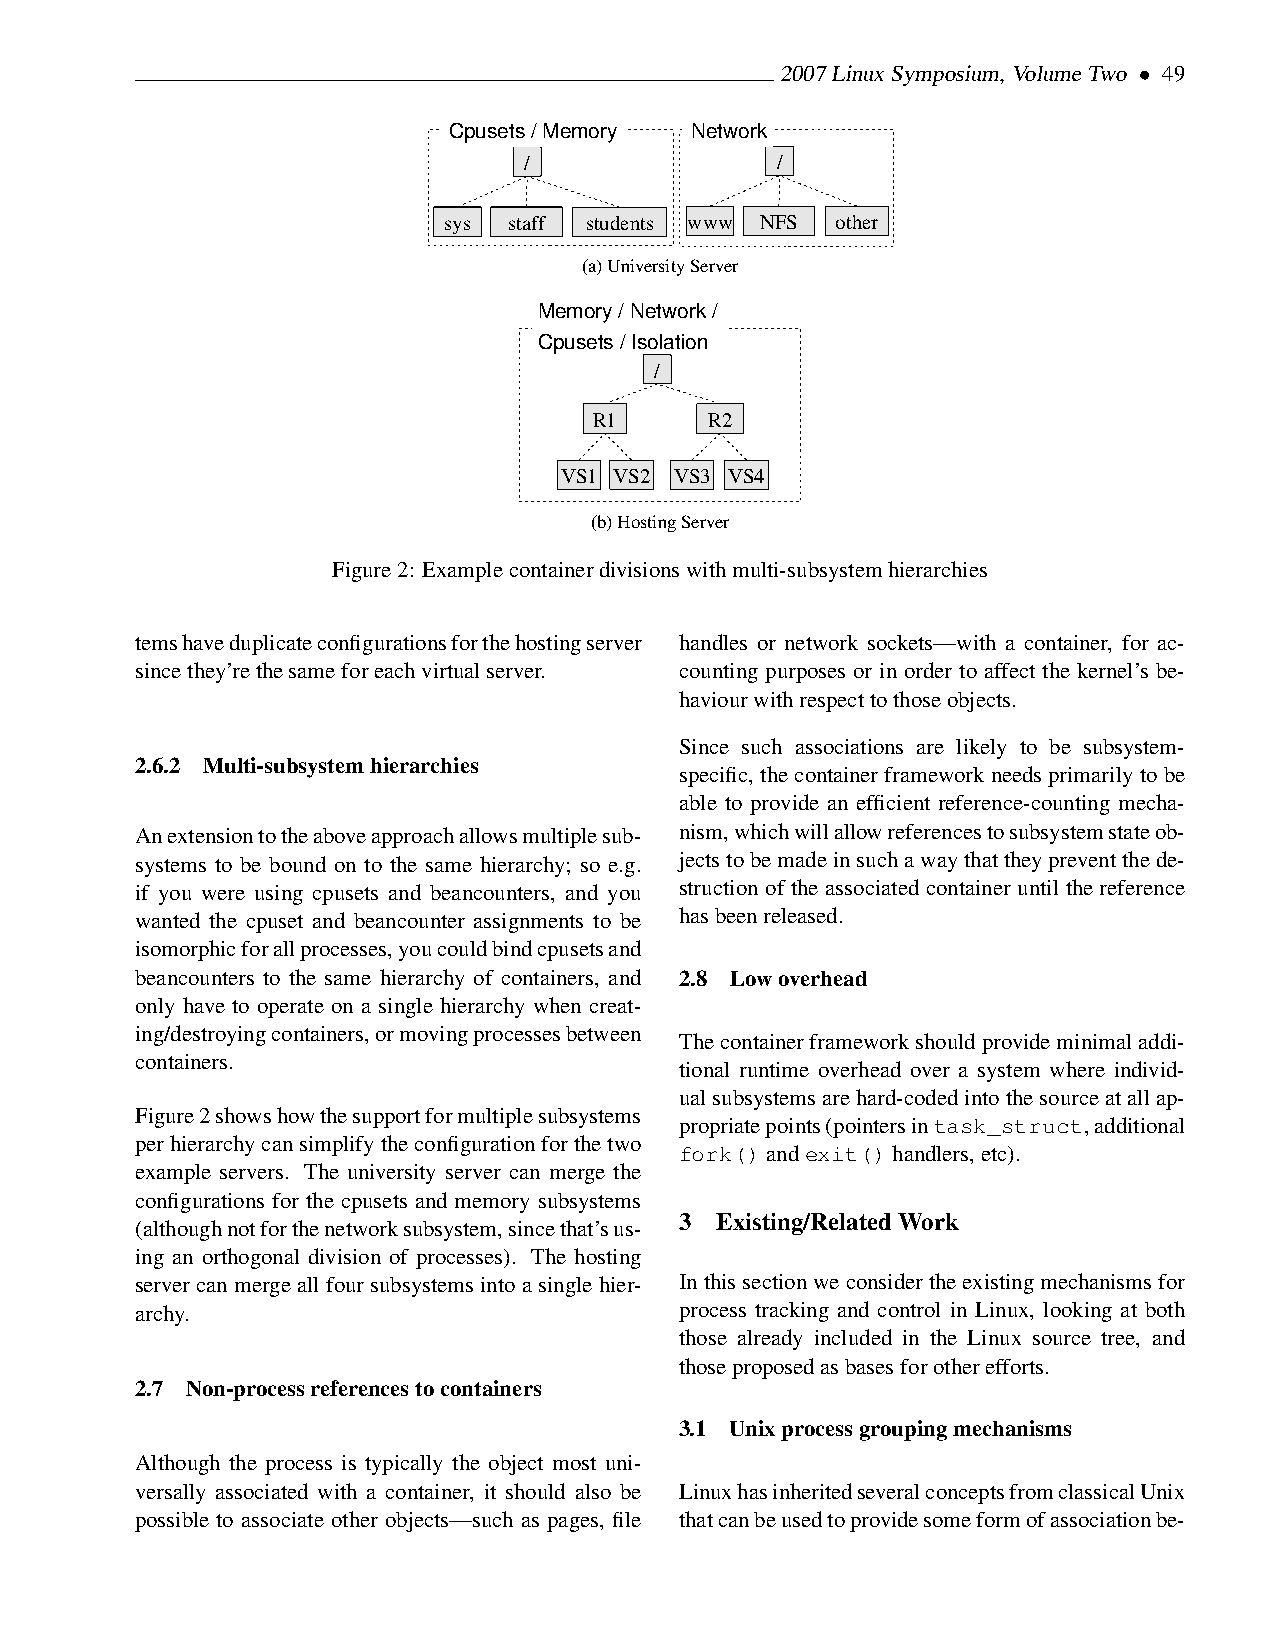
2007LinuxSymposium,VolumeTwo • 49
 Cpusets / Memory Network
 /               /
 sys  staff students www NFS other
 (a)UniversityServer
 Memory / Network /
 Cpusets / Isolation
 /
 R1      R2
 VS1 VS2 VS3 VS4
 (b)HostingServer
 Figure2: Examplecontainerdivisionswithmulti-subsystemhierarchies
 temshaveduplicateconfigurationsforthehostingserver handles or network sockets—with a container, for ac-
 sincethey’rethesameforeachvirtualserver. counting purposes or in order to affect the kernel’s be-
 haviourwithrespecttothoseobjects.
 Since such associations are likely to be subsystem-
 2.6.2 Multi-subsystemhierarchies
 specific, the container framework needs primarily to be
 able to provide an efficient reference-counting mecha-
 Anextensiontotheaboveapproachallowsmultiplesub- nism,whichwillallowreferencestosubsystemstateob-
 systems to be bound on to the same hierarchy; so e.g. jectstobemadeinsuchawaythattheypreventthede-
 if you were using cpusets and beancounters, and you struction of the associated container until the reference
 wanted the cpuset and beancounter assignments to be hasbeenreleased.
 isomorphicforallprocesses,youcouldbindcpusetsand
 beancounters to the same hierarchy of containers, and 2.8 Lowoverhead
 only have to operate on a single hierarchy when creat-
 ing/destroyingcontainers,ormovingprocessesbetween
 Thecontainerframeworkshouldprovideminimaladdi-
 containers.
 tional runtime overhead over a system where individ-
 ualsubsystemsarehard-codedintothesourceatallap-
 Figure2showshowthesupportformultiplesubsystems
 propriatepoints(pointersintask_struct,additional
 perhierarchycansimplifytheconfigurationforthetwo
 fork()andexit()handlers,etc).
 example servers. The university server can merge the
 configurations for the cpusets and memory subsystems
 3 Existing/RelatedWork
 (althoughnotforthenetworksubsystem,sincethat’sus-
 ing an orthogonal division of processes). The hosting
 server can merge all four subsystems into a single hier- Inthissectionweconsidertheexistingmechanismsfor
 archy.                              process tracking and control in Linux, looking at both
 those already included in the Linux source tree, and
 thoseproposedasbasesforotherefforts.
 2.7 Non-processreferencestocontainers
 3.1 Unixprocessgroupingmechanisms
 Although the process is typically the object most uni-
 versally associated with a container, it should also be LinuxhasinheritedseveralconceptsfromclassicalUnix
 possible to associate other objects—such as pages, file thatcanbeusedtoprovidesomeformofassociationbe-